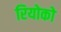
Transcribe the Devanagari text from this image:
रियोको